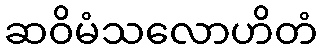
ဆဝိမံသလောဟိတံ